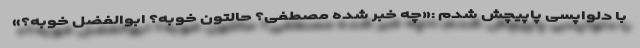
با دلواپسی پاپیچش شدم :«چه خبر شده مصطفی؟ حالتون خوبه؟ ابوالفضل خوبه؟»